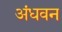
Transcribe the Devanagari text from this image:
अंधवन